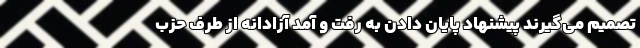
تصمیم می‌گیرند پیشنهاد پایان دادن به رفت و آمد آزادانه از طرف حزب